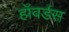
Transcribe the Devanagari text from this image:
हॉवर्डस